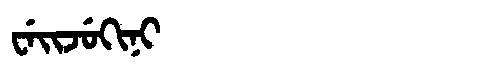
Manchu: ᠸᡝᡳᠵᡠᡴᡳᠨᡳ
Romanization: WEIJUKINI